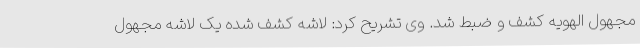
مجهول الهویه کشف و ضبط شد. وی تشریح کرد: لاشه کشف شده یک لاشه مجهول